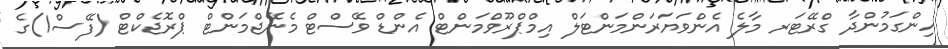
ހިންގަމުންދާ ގްރޭޓަރ މާލެ އެންވަޔަރަންމަންޓަލް އިމްޕްރޫވްމަންޓް އެންޑް ވޭސްޓް މެނޭޖްމަންޓް ޕްރޮޖެކްޓް (ފޭސް1)ގެ